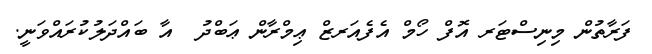
ފަރާތުން މިނިސްޓަރ އޮފް ހޯމް އެފެއަރޒް ޢިމްރާން ޢަބްދު  އާ ބައްދަލުކުރައްވަނީ.